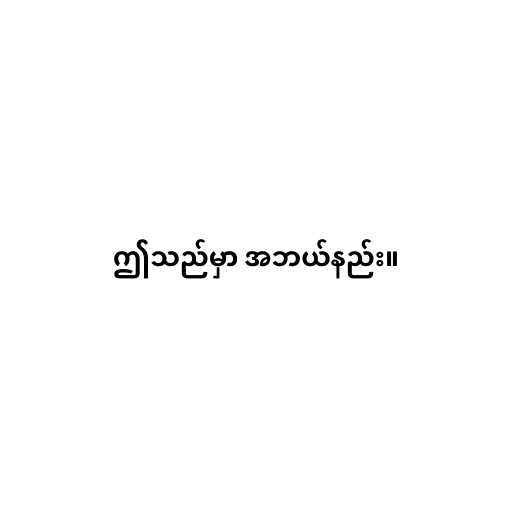
ဤသည်မှာ အဘယ်နည်း။